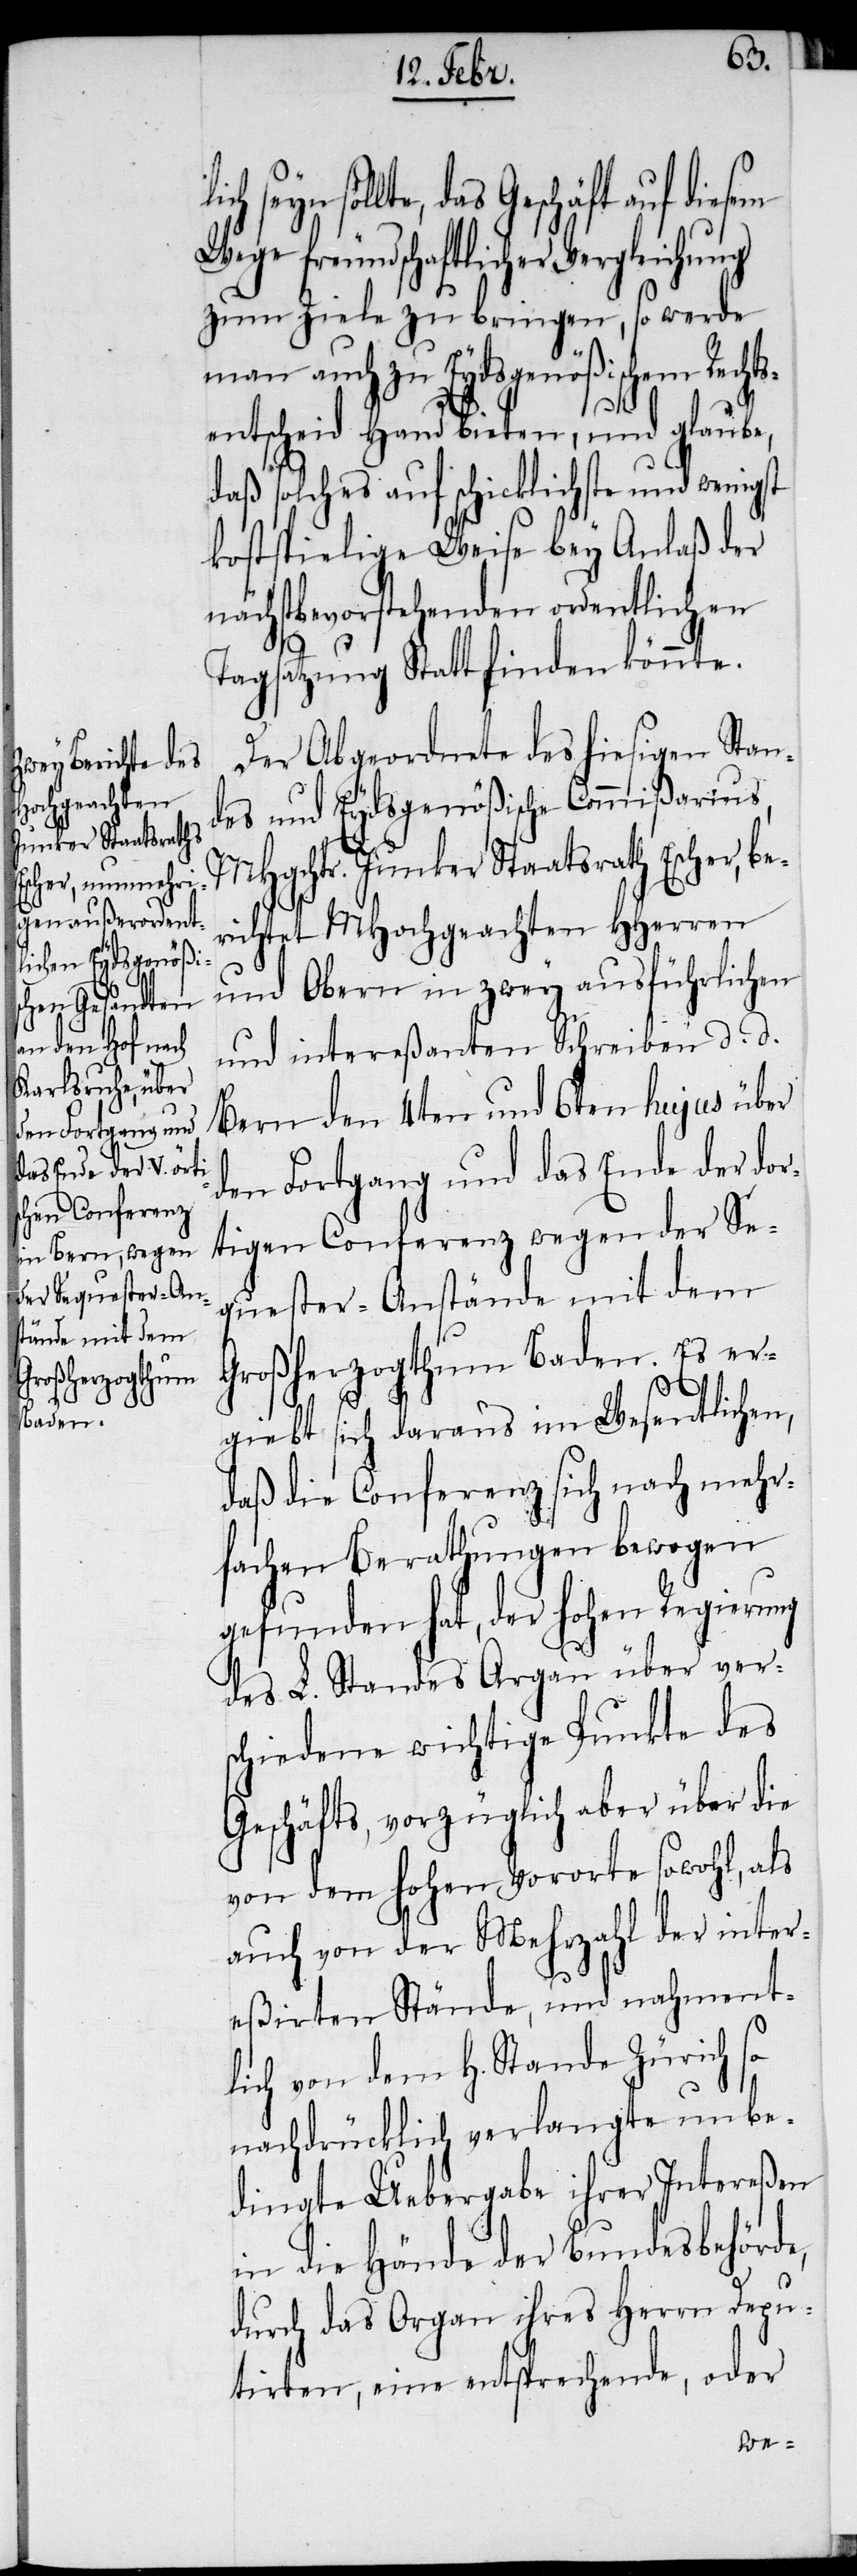
seyn sollte, das Geschäft auf
freundschaftlicher Vergleichung
zum Ziele zu bringen, so werde
man auch zu Eydsgenößischem Rechts¬
entscheid Hand bieten, und glaube,
daß solches auf schicklichste und
kostspielige Weise bey Anlaß der
nächstbevorstehenden ordentlichen
Tagsatzung Statt finden könnte.
Der Abgeordnete des hiesigen Stan¬
des und Eydsgenößische Commißarius,
MHgchtr. Junger Staatsrath Escher, be¬
richtet MHochgeachten HHerren
und Obern in zwey ausführlichen
und intereßanten Schreiben d. d.
Bern den 4ten und 6ten hujus über
den Fortgang und das Ende der dor¬
tigen Conferenz wegen der Se¬
quester-Anstände mit dem
Großherzogthum Baden. Es er¬
giebt sich daraus im Wesentlichen,
daß die Conferenz sich nach mehr¬
fachen Berathungen bewogen
gefunden hat, der hohen Regierung
des L. Standes Argau über ver¬
schiedene wichtige Punkte des
Geschäfts, vorzüglich aber über die
von dem hohen Vororte sowohl, als
auch von der Mehrzahl der inter¬
eßirten Stände, und nahment¬
lich von dem H. Stande Zürich so
nachdrücklich verlangte unbe¬
dingte Uebergabe ihrer Intereßen
in die Hände der Bundesbehörde,
durch das Organ ihres Herrn Depu¬
tirten, eine entsprechende, oder